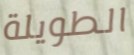
الطويلة